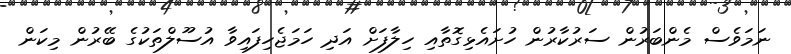
ނަމަވެސް މެންބަރުން ސަރުކާރުން ހުށައެޅިގޮތާއި ހިލާފަށް އަދި ހަމަޖެހިފައިވާ އުސޫލްތަކުގެ ބޭރުން މިކަން